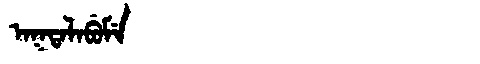
Manchu: ᠠᡴᡨᠠᠯᠠᠪᡠᠮᡝ
Romanization: AKTALABUME